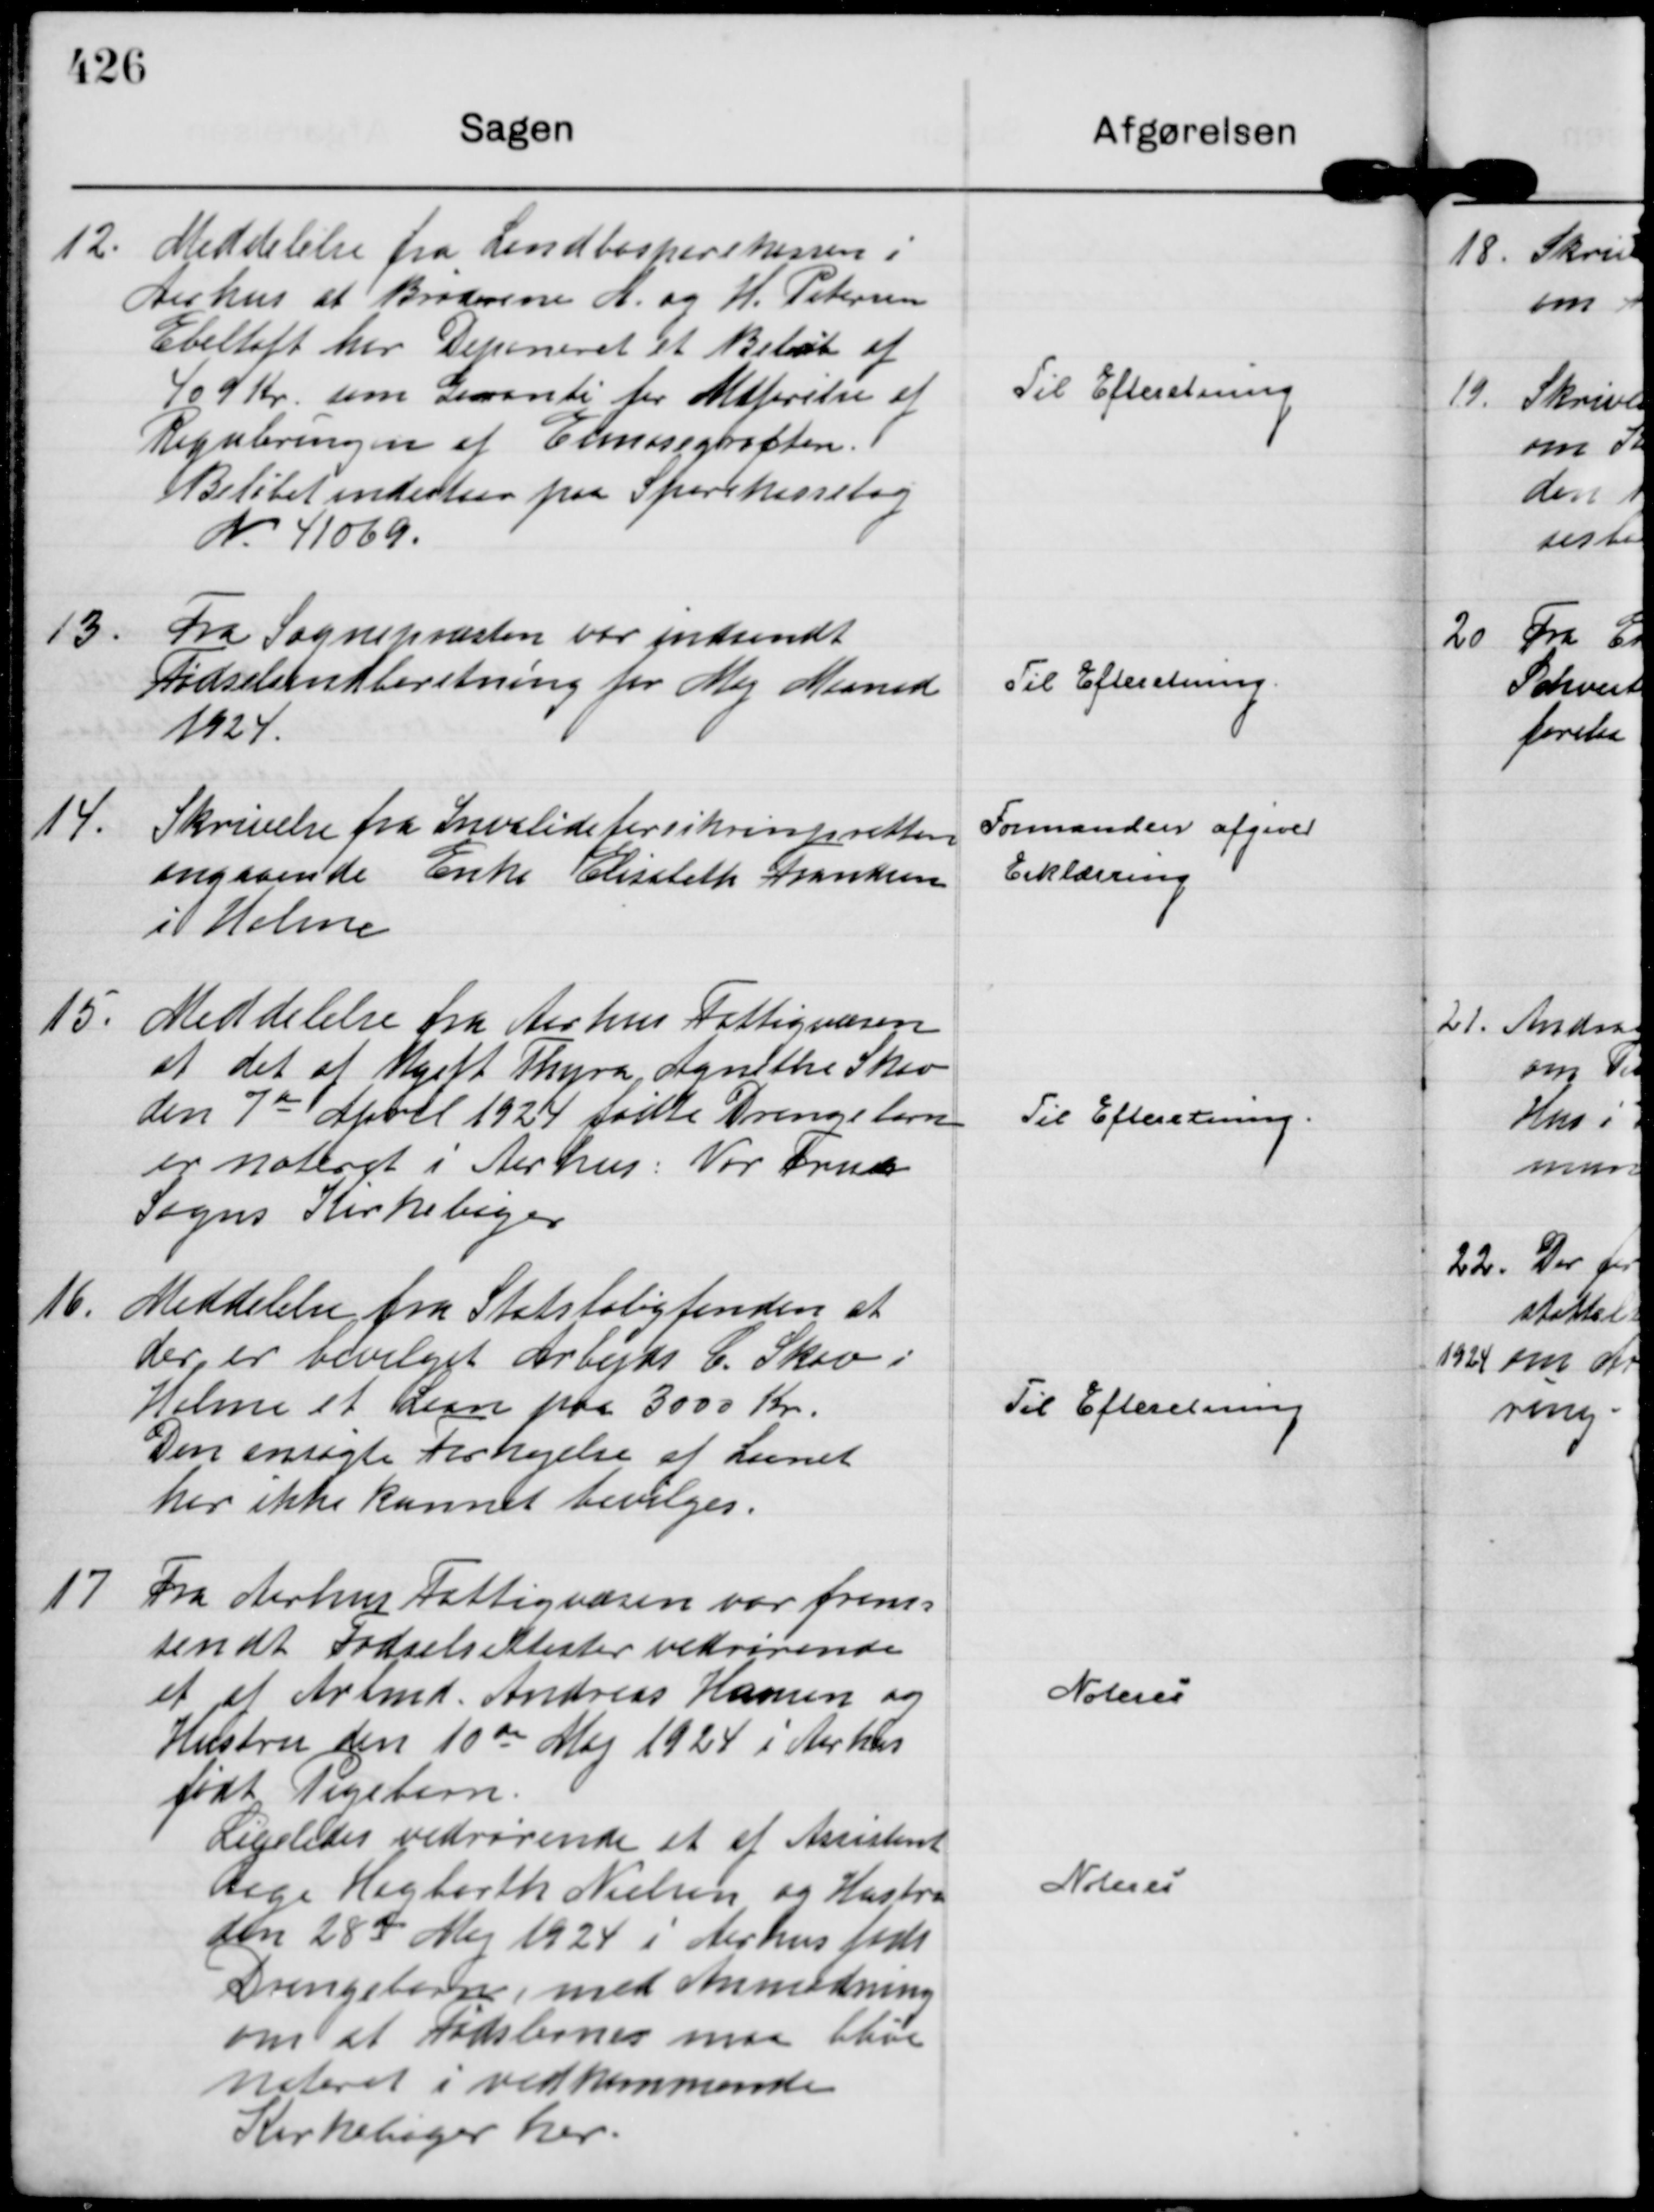
Transskription:
12.
Meddelelse fra Landbosparekassen i
Aarhus at Brødrene A. og H. Petersen
Ebeltoft har Deponeret et Beløb af 
409 Kr. som Garanti for Udførelse af
Reguleringen af Elmosegrøften. 
Beløbet indestaar paa Sparekassebog
N. 41069.

Til Efteretning

13.
Fra Sognepræsten var indsendt
Fødselsindberetning for Maj Maaned
1924.

Til Efteretning.

14.
Skrivelse fra Invalideforsikringsretten
angaaende Enke Elisabeth Frandsen
i Holme

Formanden afgiver
Erklæring

15.
Meddelelse fra Aarhus Fattigvæsen
at det af Ugift Thyra Agnethe Skov
den 7 de April 1924 fødte Drengebarn
er noteret i Aarhus: Vor Frue
Sogns Kirkebøger

Til Efteretning.

16.
Meddelelse fra Statsboligfonden at
der er bevilget Arbejds C. Skov i
Holme et Laan paa 3000 kr.
Den ansøgte Forhøjelse af Laanet
har ikke kunnet bevilges.

Til Efteretning

17
Fra Aarhus Fattigvæsen var frem=
sendt Fødselslister vedrørende
et af Arbmd. Andreas Hansen og
Hustru den 10 de Maj 1924 i Aarhus
født Pigebarn.
Ligeledes vedrørende et af Assistent
Aage Hagbarth Nielsen og Hustru
den 28 de Maj 1924 i Aarhus født
Drengebarn, med Anmodning
om at Fødslerne maa blive
noteret i vedkommende
Kirkebøger her.

Noteres

Noteres